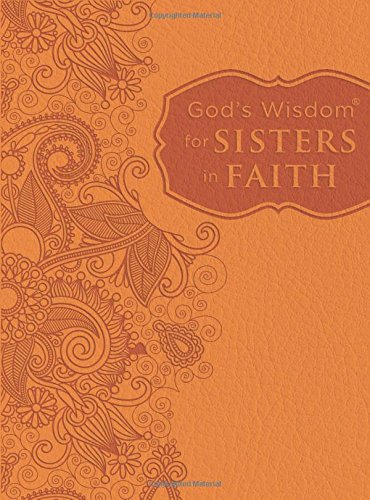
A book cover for God's Wisdom for Sisters in Faith; Christian Books & Bibles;